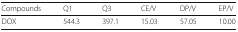
<table><thead><tr><td><b>Compounds</b></td><td><b>Q1</b></td><td><b>Q3</b></td><td><b>CE/V</b></td><td><b>DP/V</b></td><td><b>EP/V</b></td></tr></thead><tbody><tr><td>DOX</td><td>544.3</td><td>397.1</td><td>15.03</td><td>57.05</td><td>10.00</td></tr></tbody></table>